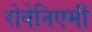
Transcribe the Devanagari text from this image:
रोवेनिएमी